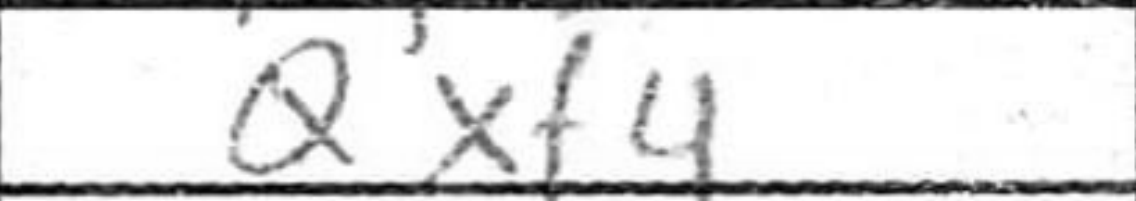
Transcription: Qxf4